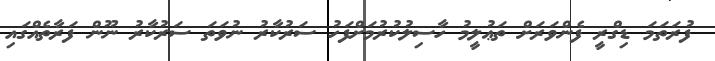
ފުރަތަމަ ޑިގްރީ ފެންވަރަށް ތަޢުލީމު ހާސިލުކުރުމަށްފަހު ސަރުކާރު ނުވަތަ ސަރުކާރު ނޫން ފަރާތެއްގައި